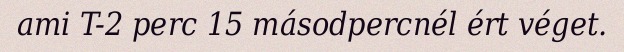
ami T-2 perc 15 másodpercnél ért véget.